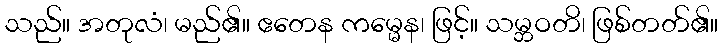
သည်။ အတုလံ၊ မည်၏။ ဧတေန ကမ္မေန၊ ဖြင့်။ သမ္ဘဝတိ၊ ဖြစ်တတ်၏။